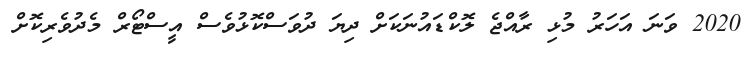
2020 ވަނަ އަހަރު މުޅި ރާއްޖެ ލޮކްޑައުނަކަށް ދިޔަ ދުވަސްކޮޅުވެސް އީސްޓޯރް މެދުވެރިކޮށް